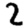
Digit: 2